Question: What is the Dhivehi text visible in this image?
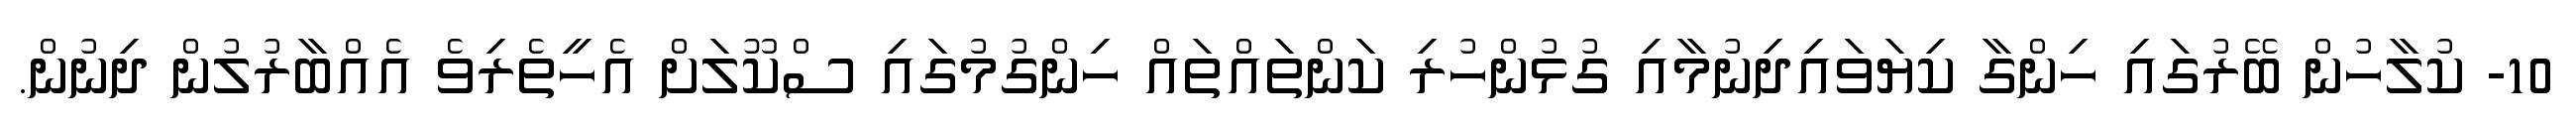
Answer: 10- ކުލާހުން ބޭރުގައި ހިންގާ ކިޔަވައިދިނުމާއި ގުޅުންހުރި ކަންތައްތައް ހިންގުމުގައި ސްކޫލަށް އެހީތެރިވެ އެއްބާރުލުން ދިނުން.